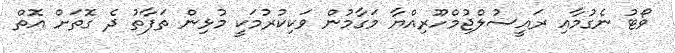
ވޯޓު ނެގުމާއި ރައީސުލްޖުމްހޫރިއްޔާ މަގާމުން ވަކިކުރުމަކީ މުޅިން ތަފާތު ދެ ގޮތަށް އޮތް